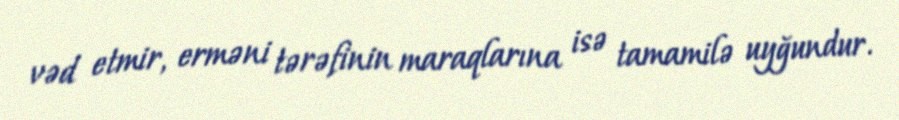
vəd etmir, erməni tərəfinin maraqlarına isə tamamilə uyğundur.